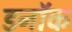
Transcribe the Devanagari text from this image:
डनॉक